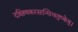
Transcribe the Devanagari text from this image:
दक्षिणकरसन्धिचतुष्केषु।